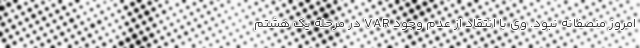
امروز منصفانه نبود. وی با انتقاد از عدم وجود VAR در مرحله یک هشتم